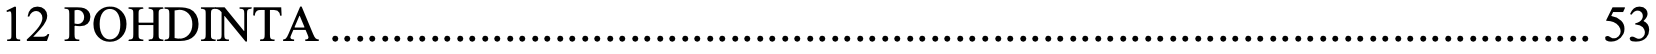
12 POHDINTA ..................................................................................................... 53